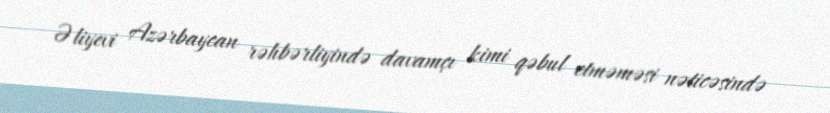
Əliyevi Azərbaycan rəhbərliyində davamçı kimi qəbul etməməsi nəticəsində